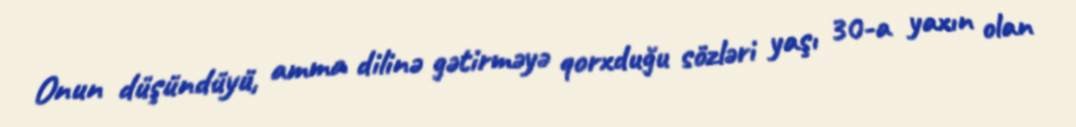
Onun düşündüyü, amma dilinə gətirməyə qorxduğu sözləri yaşı 30-a yaxın olan